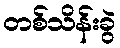
တစ်သိန်းခွဲ